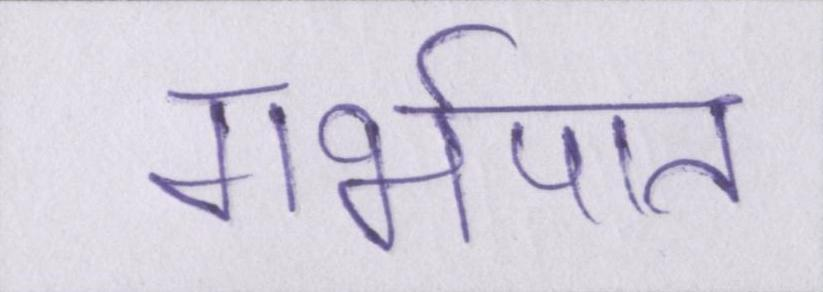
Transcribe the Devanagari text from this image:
गर्भपात